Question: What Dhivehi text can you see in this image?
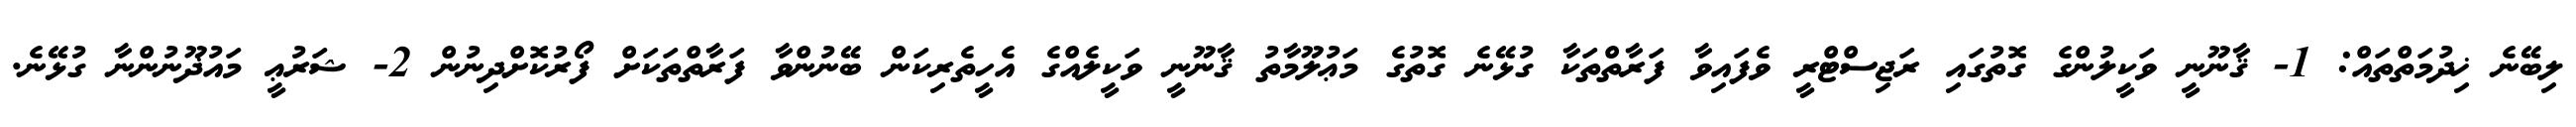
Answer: ލިބޭނެ ޚިދުމަތްތައް: 1- ޤާނޫނީ ވަކީލުންގެ ގޮތުގައި ރަޖިސްޓްރީ ވެފައިވާ ފަރާތްތަކާ ގުޅޭނެ ގޮތުގެ މަޢުލޫމާތު ޤާނޫނީ ވަކީލެއްގެ އެހީތެރިކަން ބޭނުންވާ ފަރާތްތަކަށް ފޯރުކޮށްދިނުން 2- ޝަރުޢީ މައުޛޫނުންނާ ގުޅޭނެ.